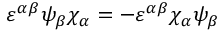
\varepsilon ^ { \alpha \beta } \psi _ { \beta } \chi _ { \alpha } = - \varepsilon ^ { \alpha \beta } \chi _ { \alpha } \psi _ { \beta }